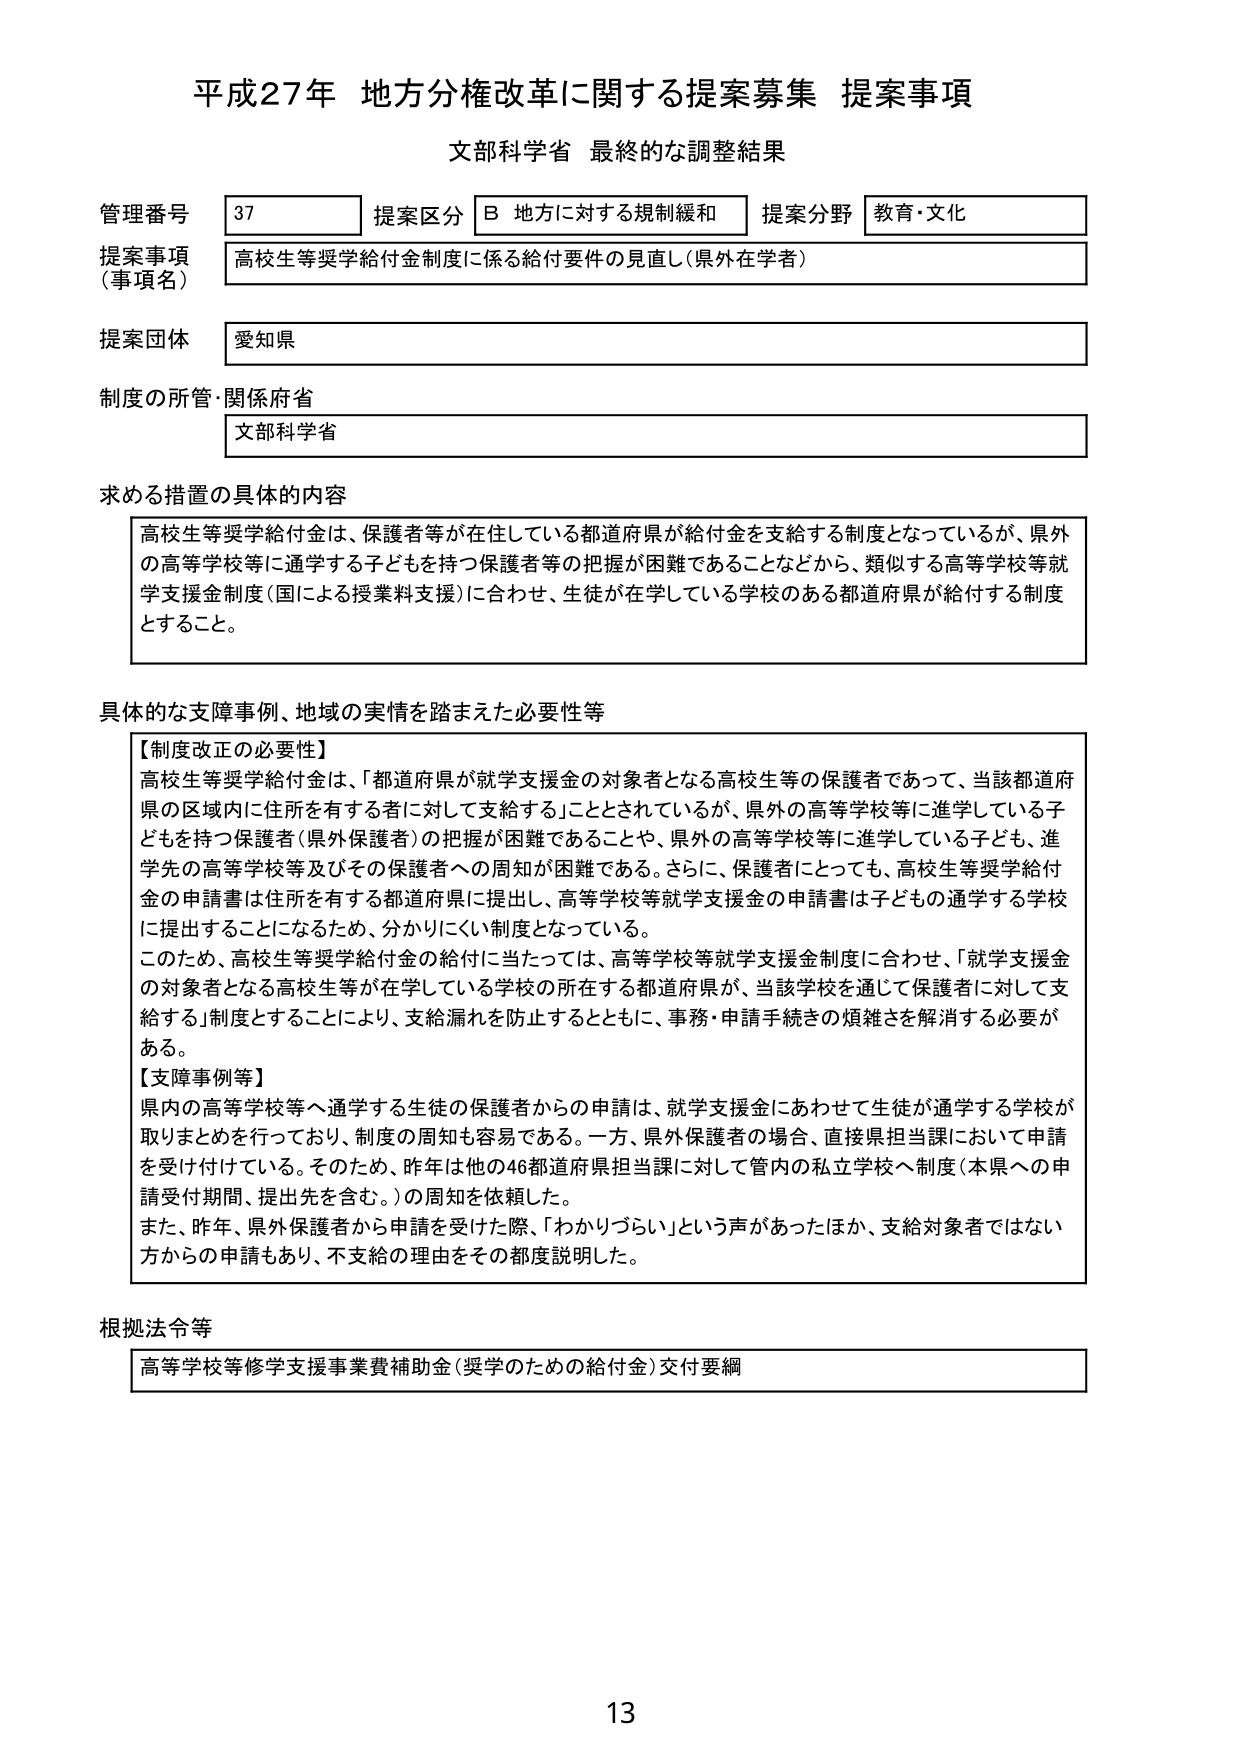
平成27年 地方分権改革に関する提案募集 提案事項
文部科学省 最終的な調整結果

管理番号 37
提案区分 B 地方に対する規制緩和
提案分野 教育・文化

提案事項（事項名）
高校生等奨学給付金制度に係る給付要件の見直し（県外在学者）

提案団体
愛知県

制度の所管・関係府省
文部科学省

求める措置の具体的内容
高校生等奨学給付金は、保護者等が在住している都道府県が給付金を支給する制度となっているが、県外の高等学校等に通学する子どもを持つ保護者等の把握が困難であることなどから、類似する高等学校等就学支援金制度（国による授業料支援）に合わせ、生徒が在学している学校のある都道府県が給付する制度とすること。

具体的な支障事例、地域の実情を踏まえた必要性等
【制度改正の必要性】
高校生等奨学給付金は、「都道府県が就学支援金の対象者となる高校生等の保護者であって、当該都道府県の区域内に住所を有する者に対して支給する」こととされているが、県外の高等学校等に進学している子どもを持つ保護者（県外保護者）の把握が困難であることや、県外の高等学校等に進学している子ども、進学先の高等学校等及びその保護者への周知が困難である。さらに、保護者にとっても、高校生等奨学給付金の申請書は住所を有する都道府県に提出し、高等学校等就学支援金の申請書は子どもの通学する学校に提出することになるため、分かりにくい制度となっている。
このため、高校生等奨学給付金の給付に当たっては、高等学校等就学支援金制度に合わせ、「就学支援金の対象者となる高校生等が在学している学校の所在する都道府県が、当該学校を通じて保護者に対して支給する」制度とすることにより、支給漏れを防止するとともに、事務・申請手続きの煩雑さを解消する必要がある。
【支障事例等】
県内の高等学校等へ通学する生徒の保護者からの申請は、就学支援金にあわせて生徒が通学する学校が取りまとめを行っており、制度の周知も容易である。一方、県外保護者の場合、直接県担当課において申請を受け付けている。そのため、昨年は他の46都道府県担当課に対して管内の私立学校へ制度（本県への申請受付期間、提出先を含む。）の周知を依頼した。
また、昨年、県外保護者から申請を受けた際、「わかりづらい」という声があったほか、支給対象者ではない方からの申請もあり、不支給の理由をその都度説明した。

根拠法令等
高等学校等修学支援事業費補助金（奨学のための給付金）交付要綱

13